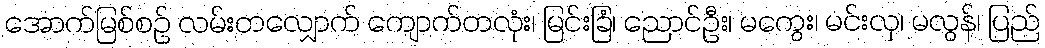
အောက်မြစ်စဉ် လမ်းတလျှောက် ကျောက်တလုံး၊ မြင်းခြံ၊ ညောင်ဦး၊ မကွေး၊ မင်းလှ၊ မလွန်၊ ပြည်